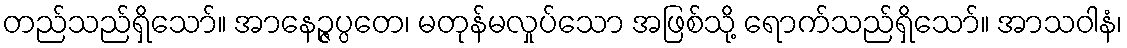
တည်သည်ရှိသော်။ အာနေဉ္ဇပ္ပတေ၊ မတုန်မလှုပ်သော အဖြစ်သို့ ရောက်သည်ရှိသော်။ အာသဝါနံ၊